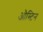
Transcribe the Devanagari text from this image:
औस्टिन